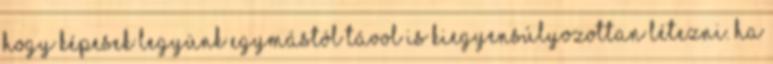
hogy képesek legyünk egymástól távol is kiegyensúlyozottan létezni. Ha